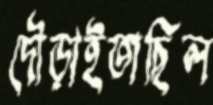
দৌড়াইতাছিল